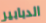
الدبابير